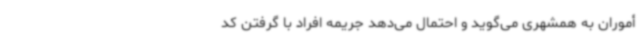
أموران به همشهری می‌گوید و احتمال می‌دهد جریمه افراد با گرفتن کد